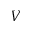
V